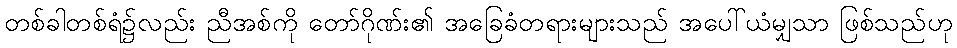
တစ်ခါတစ်ရံ၌လည်း ညီအစ်ကို တော်ဂိုဏ်း၏ အခြေခံတရားများသည် အပေါ်ယံမျှသာ ဖြစ်သည်ဟု